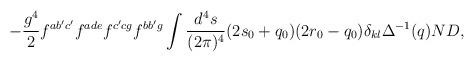
LaTeX: \begin{align*}-\frac{g^4}{2} f^{ab'c'} f^{ade} f^{c'cg} f^{bb'g} \int \frac{d^4s}{(2\pi)^4} (2s_0 +q_0)(2r_0-q_0) \delta_{kl} \Delta^{-1}(q) ND,\end{align*}